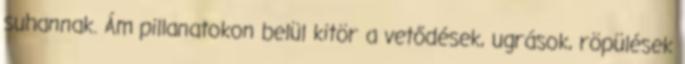
suhannak. Ám pillanatokon belül kitör a vetődések, ugrások, röpülések